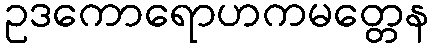
ဥဒကောရောဟကမတ္တေန